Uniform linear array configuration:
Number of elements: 24
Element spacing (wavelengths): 0.25
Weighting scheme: binomial
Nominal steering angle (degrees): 30
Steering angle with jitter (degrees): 30.052
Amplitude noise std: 0.05
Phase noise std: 0.05

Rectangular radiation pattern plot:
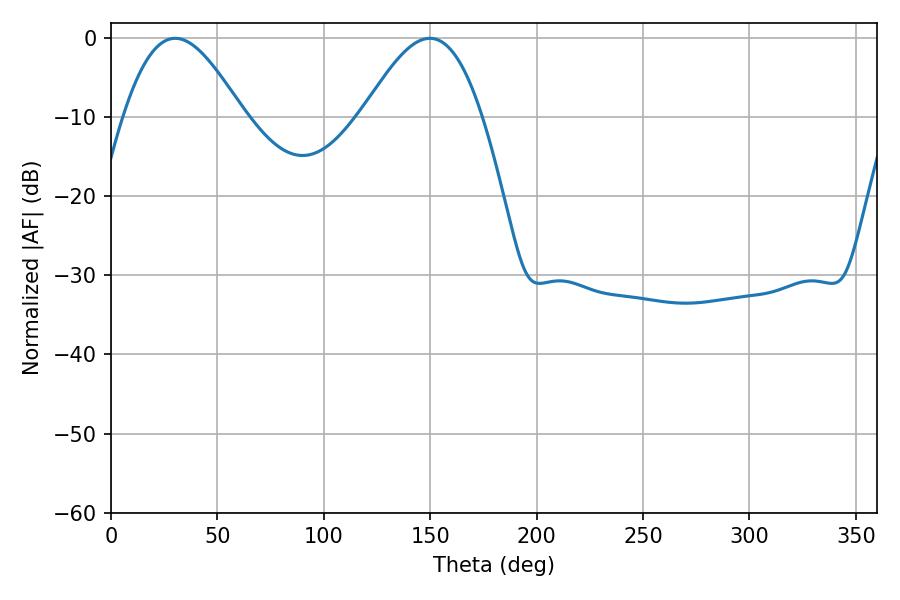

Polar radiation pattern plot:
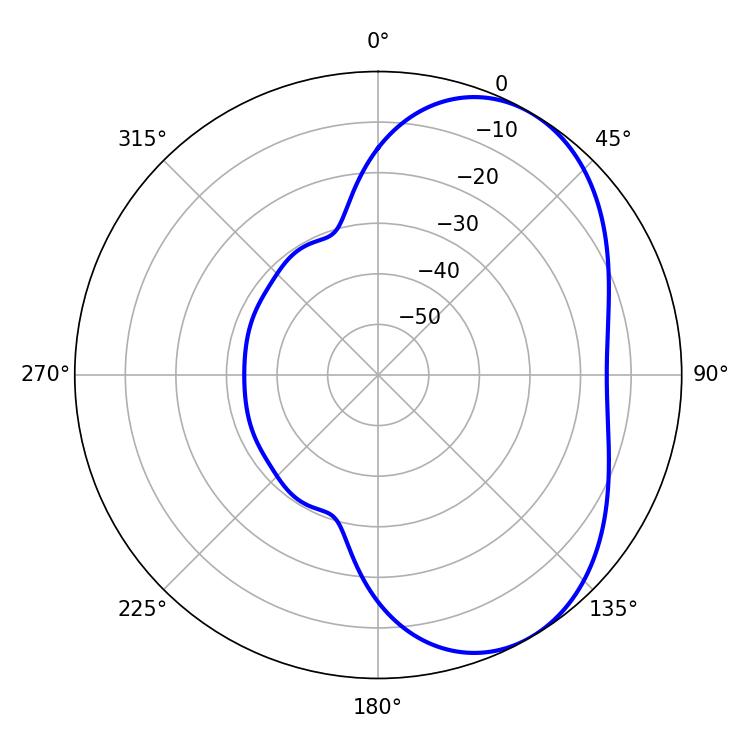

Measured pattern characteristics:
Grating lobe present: FALSE
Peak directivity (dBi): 4.985
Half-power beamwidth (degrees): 30.06
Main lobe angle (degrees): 30.24